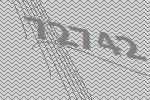
72742